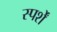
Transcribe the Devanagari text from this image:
स्पर्शें